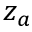
z _ { a }